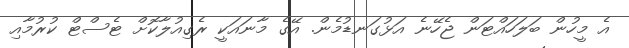
އެ މީހުން ބަލަހައްޓަން ޖެހޭނެ އަޅުގަނޑުމެން. އޭގެ މާނައަކީ ރެގިއުލާކޮށް ޓެސްޓް ކުރުމާއި